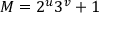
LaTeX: M = 2 ^ { u } 3 ^ { v } + 1